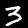
Digit: 3